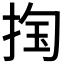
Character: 𰓴